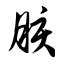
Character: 胲